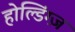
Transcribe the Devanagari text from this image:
होल्डिंग्ज़